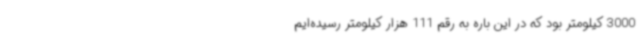
3000 کیلومتر بود که در این باره به رقم 111 هزار کیلومتر رسیده‌ایم